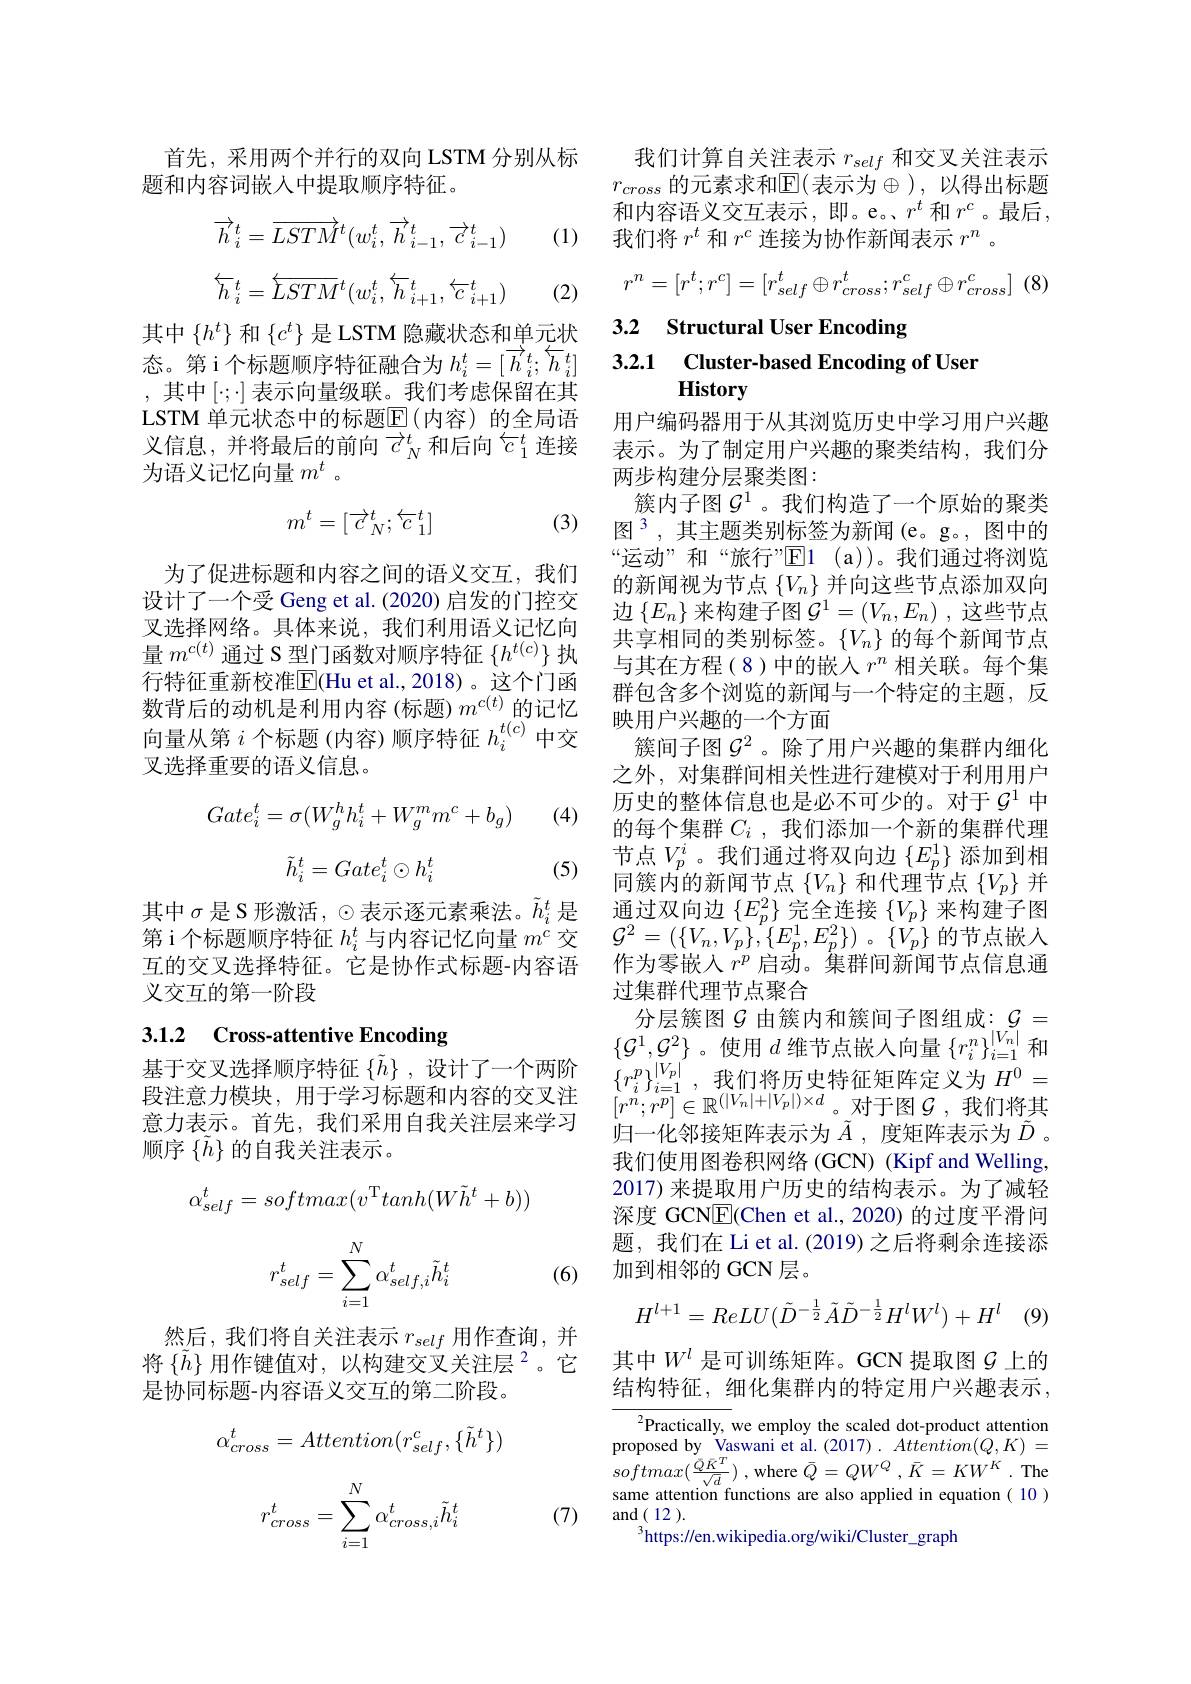
首先，采用两个并行的双向 LSTM 分别从标
题和内容词嵌入中提取顺序特征。

(1)
$$\overrightarrow{h}_i^t=\overrightarrow{LSTM}^t(w_i^t,\overrightarrow{h}_{i-1}^t,\overrightarrow{c}_{i-1}^t)$$
$$\stackrel{\leftarrow}{h}_i^t=\stackrel{\leftarrow}{LSTM}^t(w_i^t,\stackrel{\leftarrow}{h}_{i+1}^t,\stackrel{\leftarrow}{c}_{i+1}^t)$$
(2)

其中$\{h^t\}$和$\{c^t\}$是 LSTM 隐藏状态和单元状态。第 i 个标题顺序特征融合为$h_i^t=[\overrightarrow{h}_i^t;\overleftarrow{h}_i^t]$ ,其中$[\cdot;\cdot]$表示向量级联。我们考虑保留在其LSTM 单元状态中的标题$\overline{\mathbb{E}}($内容)的全局语义信息，并将最后的前向$\overrightarrow{c}_N^t$和后向$\overleftarrow{c}_1^t$连接为语义记忆向量$m^t$ 。

(3)
$$m^t=[\overrightarrow{c}_N^t;\overleftarrow{c}_1^t]$$
为了促进标题和内容之间的语义交互，我们设计了一个受 Geng et al. (2020) 启发的门控交叉选择网络。具体来说，我们利用语义记忆向量$m^{c(t)}$通过 S 型门函数对顺序特征$\{h^t(c)\}$执行特征重新校准E$( Hu et al. , 2018) 。这 个 门 函$ 数背后的动机是利用内容(标题)$m^{c(t)}$的记忆向量从第$i$个标题(内容)顺序特征$h_i^{t(c)}$中交叉选择重要的语义信息。

 (4)
$$Gate_i^t=\sigma(W_g^hh_i^t+W_g^mm^c+b_g)$$
$$\tilde{h}_i^t=Gate_i^t\odot h_i^t$$
(5)

其中$\sigma$是 S 形激活，$\odot$表示逐元素乘法。$\tilde{h}_i^t$ 是第 i 个标题顺序特征$h_i^t$与内容记忆向量$m^c$交互的交叉选择特征。它是协作式标题-内容语义交互的第一阶段

## 3.1.2 Cross-attentive Encoding

意力表示。首先，我们采用自我关注层来学习
顺序$\{\tilde{h}\}$的自我关注表示。
$$\alpha_{self}^t=softmax(v^\mathrm{T}tanh(W\tilde{h}^t+b))$$
$$r_{self}^t=\sum_{i=1}^N\alpha_{self,i}^t\tilde{h}_i^t$$
(6)

然后，我们将自关注表示$r_self$用作查询，并将 $\{\tilde{h}\}$ 用作键值对，以构建交叉关注层$^2$。它是协同标题-内容语义交互的第二阶段。
$$\alpha_{cross}^t=Attention(r_{self}^c,\{\tilde{h}^t\})$$
$$r_{cross}^t=\sum_{i=1}^N\alpha_{cross,i}^t\tilde{h}_i^t$$
(7)

我们计算自关注表示$r_self$和交叉关注表示$r_{cross}$的元素求和$\mathbb{E}($表示为$\oplus)$,以得出标题和内容语义交互表示，即。e。$r^t$ 和 $r^c$。最后， 我们将$r^t$和$r^c$连接为协作新闻表示$r^n$ 。
$$r^n=[r^t;r^c]=[r_{self}^t\oplus r_{cross}^t;r_{self}^c\oplus r_{cross}^c]$$
# 3.2 Structural User Encoding 3.2.1 Cluster-based Encoding of User History

用户编码器用于从其浏览历史中学习用户兴趣表示。为了制定用户兴趣的聚类结构，我们分两步构建分层聚类图：
簇内子图$\mathcal{G}^1$。我们构造了一个原始的聚类图$^3$,其主题类别标签为新闻(e。g。,图中的“运动”和“旅行”E1 ( a) )。我们通过将浏览的新闻视为节点$\{V_n\}$并向这些节点添加双向边$\{E_n\}$来构建子图$\mathcal{G}^1=(V_n,E_n)$ ,这些节点共享相同的类别标签。$\{V_n\}$的每个新闻节点与其在方程(8)中的嵌入$r^n$相关联。每个集群包含多个浏览的新闻与一个特定的主题，反映用户兴趣的一个方面
簇间子图$\mathcal{G}^2$ 。除了用户兴趣的集群内细化之外，对集群间相关性进行建模对于利用用户历史的整体信息也是必不可少的。对于$\mathcal{G}^1$ 中的每个集群$C_i$ ,我们添加一个新的集群代理节点$V_p^i$。我们通过将双向边$\{E_p^1\}$添加到相同簇内的新闻节点$\{V_n\}$和代理节点$\{V_p\}$并通过双向边$\{E_p^2\}$完全连接$\{V_p\}$来构建子图$\mathcal{G} ^{2}= ( \{ V_{n}, V_{p}\} , \{ E_{p}^{1}, E_{p}^{2}\} )$ $。\{ V_{p}\}$的节点嵌入作为零嵌入$r^p$ 启动。集群间新闻节点信息通过集群代理节点聚合
分层簇图$\mathcal{G}$ 由簇内和簇间子图组成$:\mathcal{G}=$
$\begin{array}{lll}3.1.2&\textbf{Cross-attentive Encoding}&\{\mathcal{G}^1,\mathcal{G}^2\}\text{。使用 }d\text{ 维节点嵌人向量 }\{r_i^n\}_{i=1}^{|V_n|}\text{和}\\\text{基于交叉选择顺序特征}\left\{\tilde{h}\right\},\text{ 设计了一个两阶}&\{r_i^p\}_{i=1}^{|V_p|},\text{ 我们将历史特征矩阵定义为 }H^0=\\\text{段注意力模块，用于学习标题和内容的交叉注}&[r^n;r^p]\in\mathbb{R}^{(|V_n|+|V_p|)\times d}\text{。对于图 }\mathcal{G},\text{ 我们将其}\end{array}$
归一化邻接矩阵表示为$\tilde{A}$,度矩阵表示为$\tilde{D}$ 。我们使用图卷积网络 (GCN) (Kipf and Welling, 2017) 来提取用户历史的结构表示。为了减轻深度 GCNE(Chen et al., 2020) 的过度平滑问题，我们在 Li et al. (2019) 之后将剩余连接添加到相邻的 GCN层。
$$H^{l+1}=ReLU(\tilde{D}^{-\frac{1}{2}}\tilde{A}\tilde{D}^{-\frac{1}{2}}H^{l}W^{l})+H^{l}$$
其中$W^l$ 是可训练矩阵。GCN 提取图$\mathcal{G}$ 上的结构特征，细化集群内的特定用户兴趣表示，

$^{2}$Practically, we employ the scaled dot-product attention

proposed by Vaswani et al. (2017) . $Attention( Q, K) =$ $softmax( \frac {Q\bar{K} ^{T}}{\sqrt {d}})$ , where $\bar{Q} = QW^{Q}$ $, \bar{K} = KW^{K}$ . The same attention functions are also applied in equation(  10)

$\operatorname{and}(12).$

$^{3}$https://en.wikipedia.org/wiki/Cluster\_graph